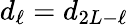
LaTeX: d_{\ell}=d_{2L-\ell}